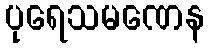
ပုရေသမဏေန